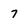
Character: 7